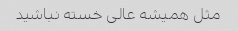
مثل همیشه عالی خسته نباشید